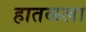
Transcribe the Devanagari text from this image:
हातळला